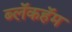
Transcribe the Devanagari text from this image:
ब्लॅकहॅम